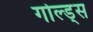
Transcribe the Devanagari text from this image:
गोल्ड्स